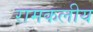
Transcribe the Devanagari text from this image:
रामकलीय